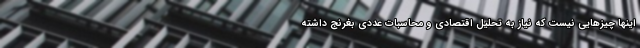
اینها چیزهایی نیست که نیاز به تحلیل اقتصادی و محاسبات عددی بغرنج داشته